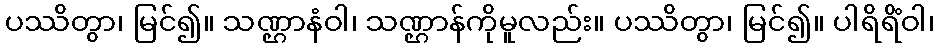
ပဿိတွာ၊ မြင်၍။ သဏ္ဌာနံဝါ၊ သဏ္ဌာန်ကိုမူလည်း။ ပဿိတွာ၊ မြင်၍။ ပါရိရိံဝါ၊